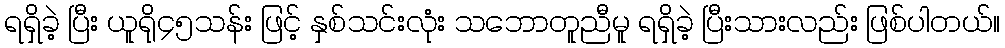
ရရှိခဲ့ ပြီး ယူရို၄၅သန်း ဖြင့် နှစ်သင်းလုံး သဘောတူညီမူ ရရှိခဲ့ ပြီးသားလည်း ဖြစ်ပါတယ်။